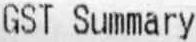
GST SUMMARY